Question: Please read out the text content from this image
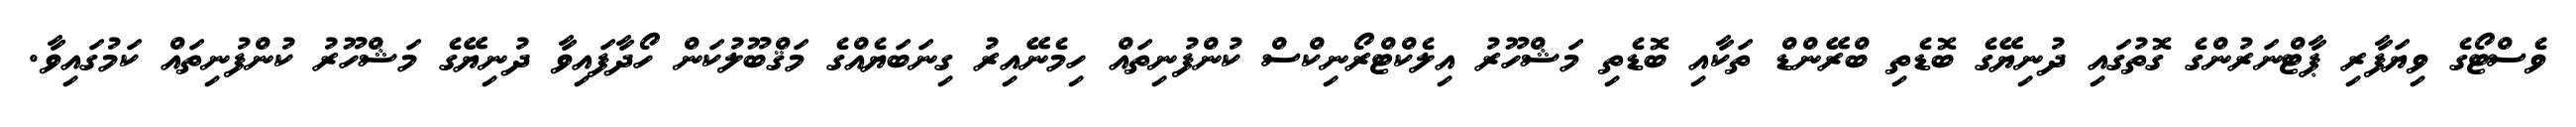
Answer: ވެސްޓޯގެ ވިޔަފާރި ޕާޓްނަރުންގެ ގޮތުގައި ދުނިޔޭގެ ބޮޑެތި ބްރޭންޑް ތަކާއި ބޮޑެތި މަޝްހޫރު އިލެކްޓްރޯނިކްސް ކުންފުނިތައް ހިމެނޭއިރު ގިނަބަޔެއްގެ މަޤްބޫލުކަން ހޯދާފައިވާ ދުނިޔޭގެ މަޝްހޫރު ކުންފުނިތައް ކަމުގައިވާ.